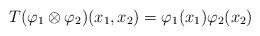
LaTeX: \begin{align*}T(\varphi_1 \otimes \varphi_2) (x_1,x_2) = \varphi_1(x_1)\varphi_2(x_2)\end{align*}